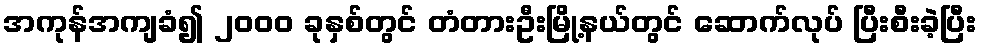
အကုန်အကျခံ၍ ၂၀၀၀ ခုနှစ်တွင် တံတားဦးမြို့နယ်တွင် ဆောက်လုပ် ပြီးစီးခဲ့ပြီး